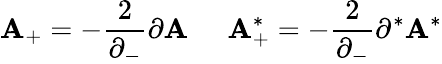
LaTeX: {\cal\mathbf{A}}_{+}=-\frac{{2}}{{\partial_{-}}}\partial{\cal\mathbf{A}}\; \; \; \; \; {\cal\mathbf{A}}_{+}^{*}=-\frac{{2}}{{\partial_{-}}}\partial^{*}{\cal\mathbf{A}}^{*}